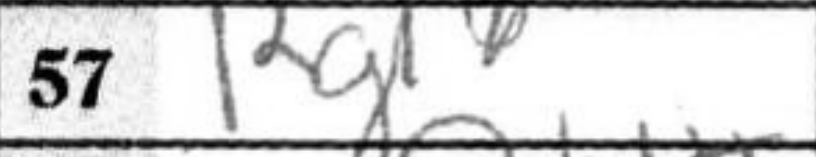
Transcription: Rg1